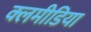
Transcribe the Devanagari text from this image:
क्लमीडिया